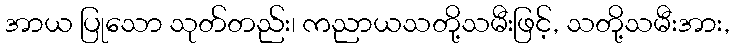
အာယ ပြုသော သုတ်တည်း၊ ကညာယသတို့သမီးဖြင့်, သတို့သမီးအား,